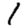
Digit: 1